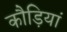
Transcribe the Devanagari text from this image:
कौड़ियां